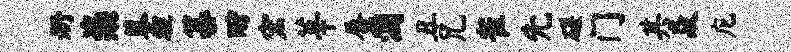
册粢蓼埋纂酹宏莘蜃溷丑兄雀先磋门其焱庀